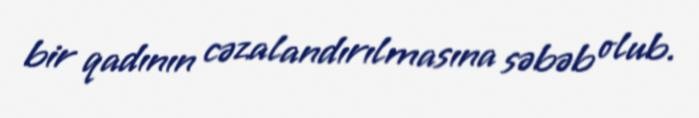
bir qadının cəzalandırılmasına səbəb olub.